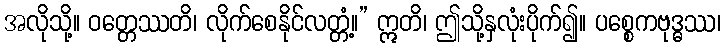
အလိုသို့။ ဝတ္တေဿတိ၊ လိုက်စေနိုင်လတ္တံ့။” ဣတိ၊ ဤသို့နှလုံးပိုက်၍။ ပစ္စေကဗုဒ္ဓဿ၊